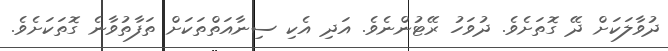
ދުވާލަކަށް ދޭ ގޮތަށެވެ. ދުވަހު ރޭޓުންނެވެ. އަދި އެކި ސިނާއަތްތަކަށް ތަފާތުވާނެ ގޮތަކަށެވެ.